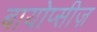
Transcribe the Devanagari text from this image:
बायोप्सीज़